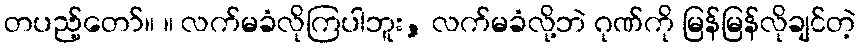
တပည့်တော်။ ။ လက်မခံလိုကြပါဘူး, လက်မခံလို့ဘဲ ဂုဏ်ကို မြန်မြန်လိုချင်တဲ့